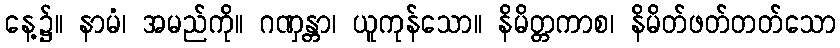
နေ့၌။ နာမံ၊ အမည်ကို။ ဂဏှန္တာ၊ ယူကုန်သော။ နိမိတ္တကာစ၊ နိမိတ်ဖတ်တတ်သော